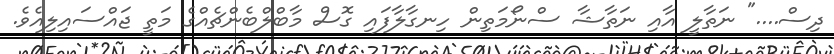
ދިސް...." ނަތާލީ އާއި ނަތާޝާ ސްނޯމަތިން ހިނގާލާފައި ގޮސް މާބްލްބެންޗެއްގެ މަތީ ޖައްސައިލިއެވެ.